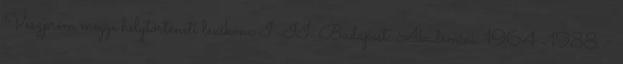
Veszprém megye helytörténeti lexikona I–II. Budapest: Akadémiai. 1964–1988. =